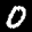
Label: 0